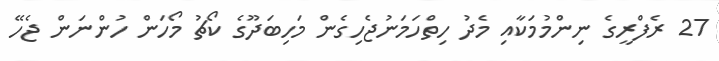
27 ރެފްރީގެ ނިންމުމަކާއި މެދު ހިތްހަމަނުޖެހިގެން މަހިބަދޫގެ ކޯޗު މޯހަން ހުންނަން ޖެހޭ